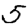
Digit: 5